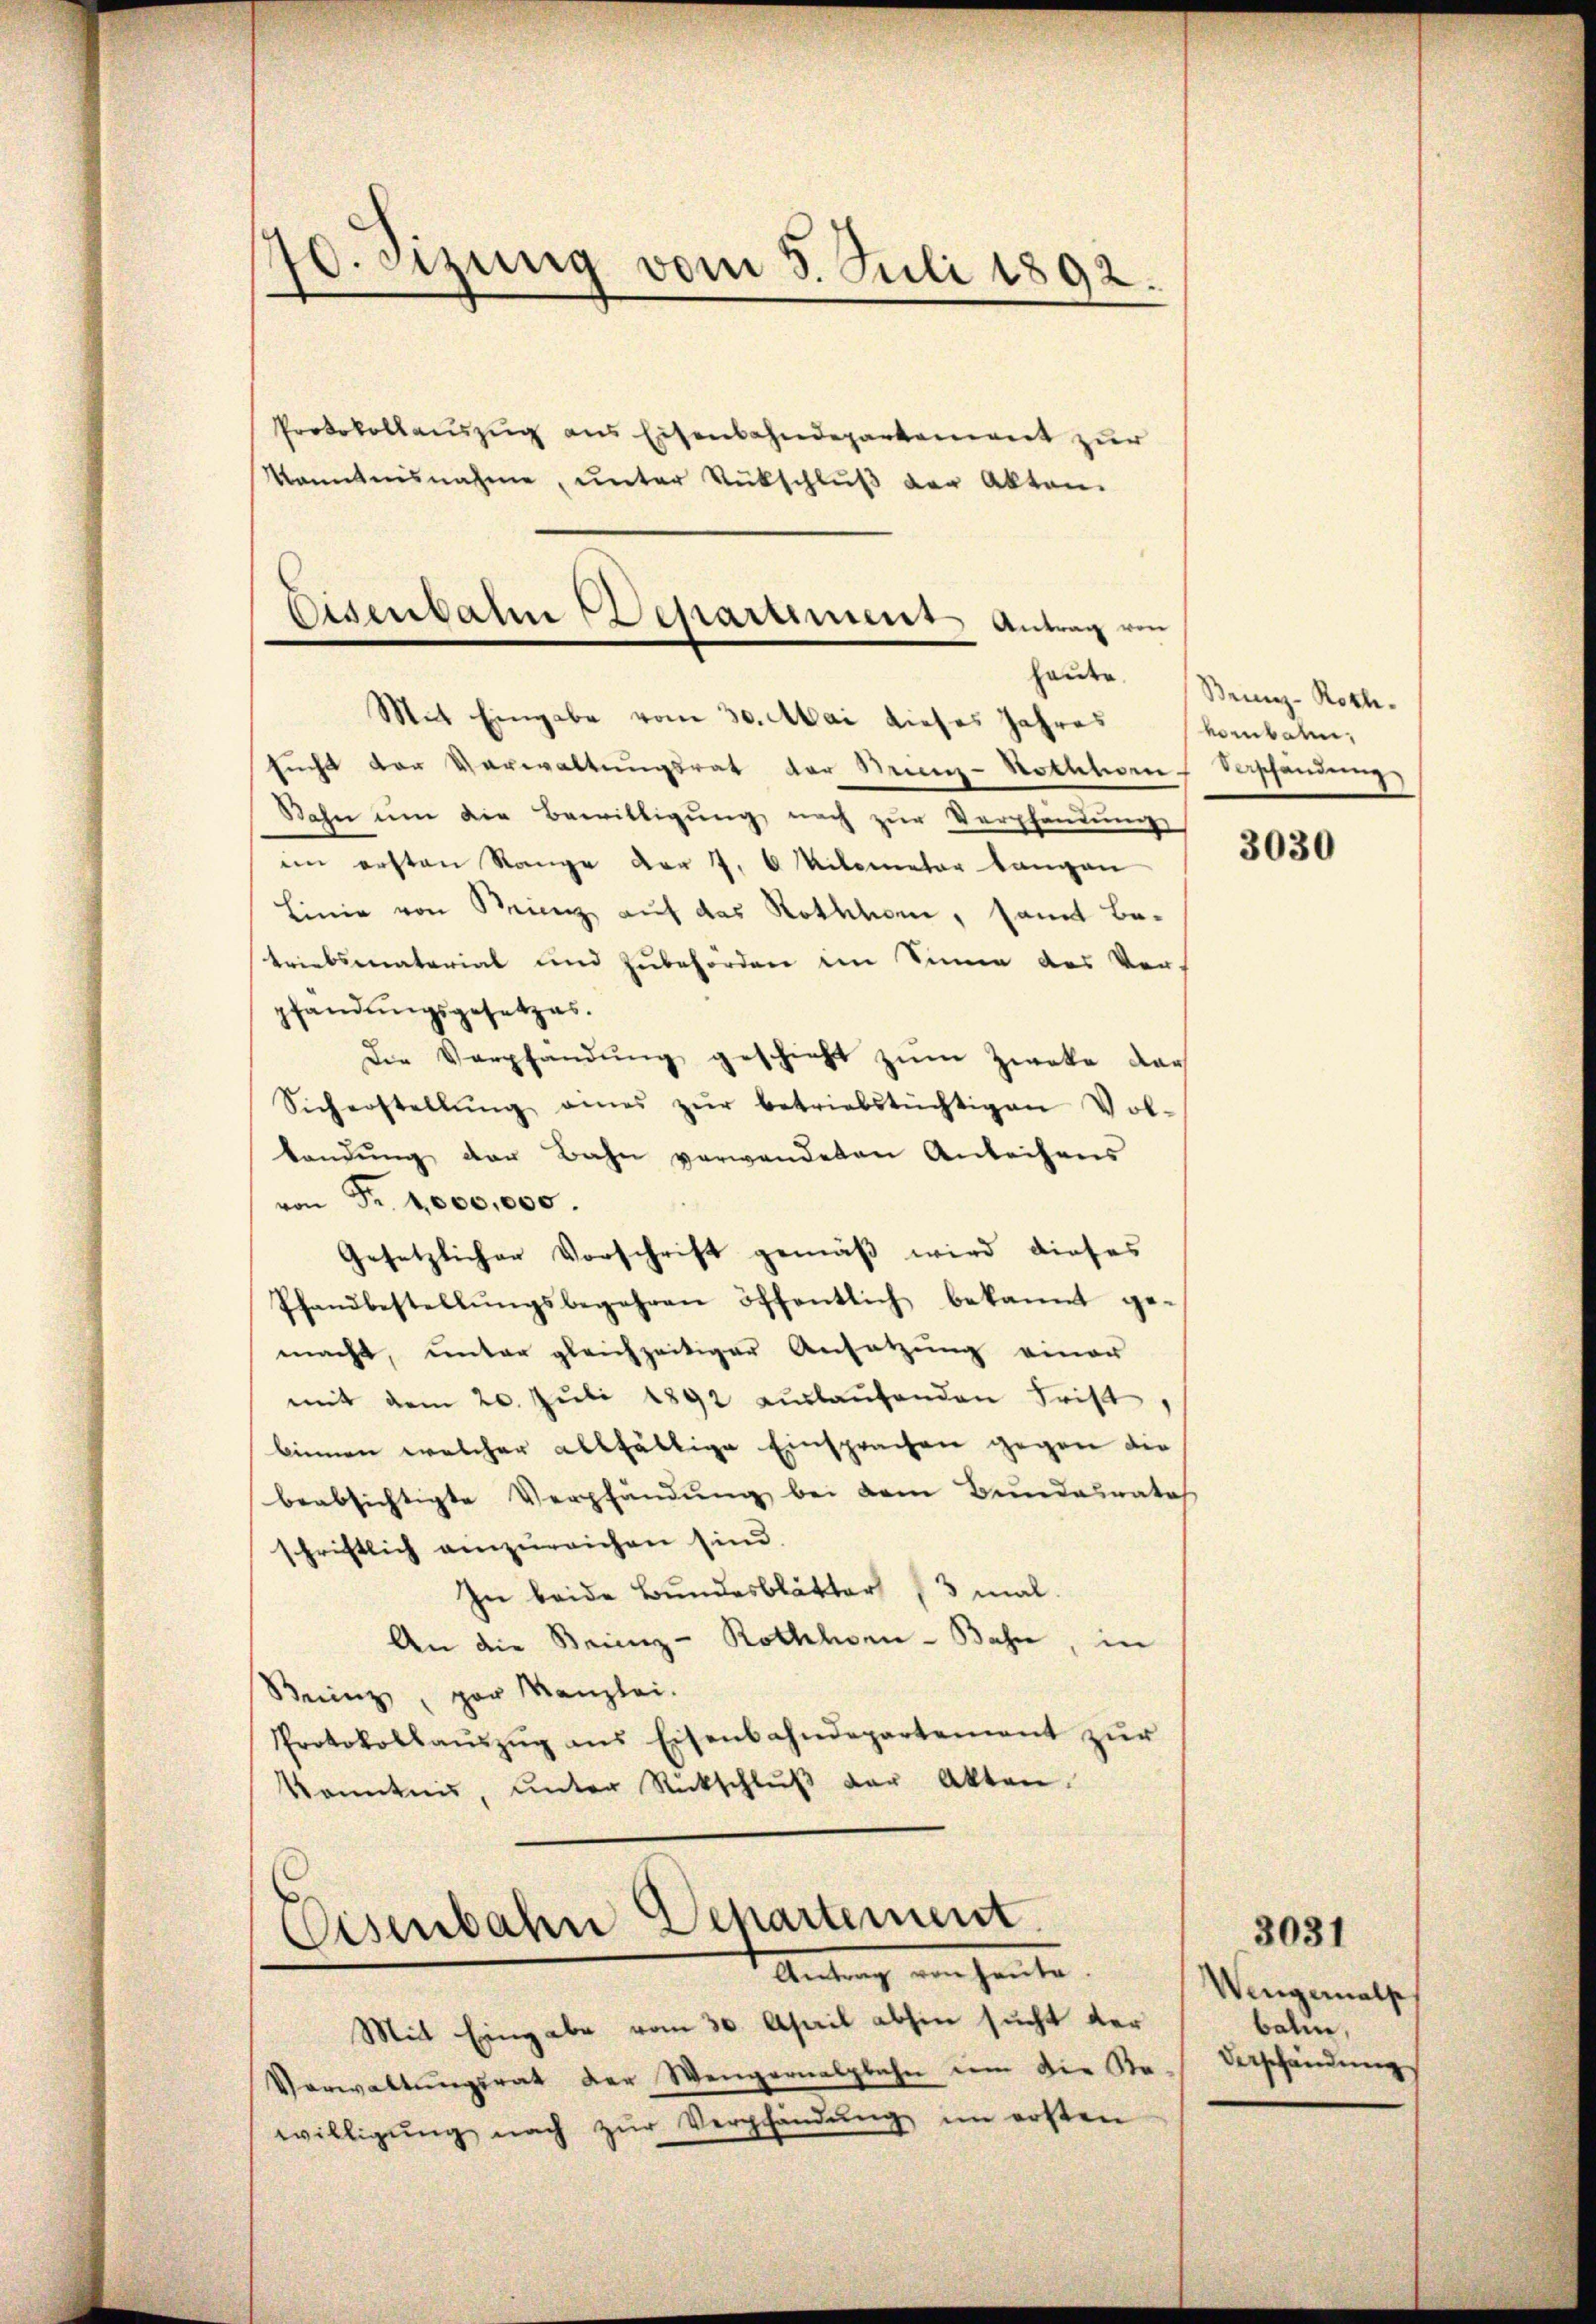
70. sezung vom 5. Juli 1892.

Protokollauszug aus Eisenbahndepartement zur
kanntnisnahme, unter Rückschluß der Akten.

Eisenbahn Departement Antrag von
Mit Eingabe vom 30. Mai dieses Jahres

sŭcht der Verwaltungsrat der Brien-Notstien Beschendung,
Bahn um die Bewilligŭng nach zŭr Verpfandŭng
im ersten Range vor 7. 6 Kilometer langen
Linie von Brienz auf das Rothhom, samt Betriebsmaterial und Zubehörden im Sinne des Ver-
pfandŭngsgesetzes.
Die Verpfändung geschieht zum Zweke dar
Sicherstellŭng eines zŭr betriebstüchtigen Vol-
bandŭng der Bahn verwendeten Anleihens
von Fr. 1,000,000.
Gesetzlicher Vorschrift gemäß wird dieses
Pfandbestellŭngsbegehren öffentlich bekannt ge-
macht, unter gleichzeitiger Ansatzung einer
mit dem 20. Juli 1892 auslaufenden Frist
binnen welcher allfällige Einsprachen gegen die
beabsichtigte Verpfändung bei dem Bundesrates
schriftlich einzureichen sind.
.
In beide Bundesblätter 3 mal.
An die Steinig-Rothhen-Bahne, in
Buinz, par Kanzlei.
Protokollaŭszŭg ans Eisenbahndepartement zŭr
kanntnis, ŭnter Rückschlŭβ der Akten.

Eisenbahn Departement.
Antrag von heute.

Mit Eingabe vom 30. April abhin sucht der
Verwaltŭngsrat der Wengernalgbahn im die Sta
willigŭng nach zŭr Verpfändŭng im ersten

heute. Beiz-Roch.
vombaren,

3030

Wengemals
bahn,
Verschändung

3031